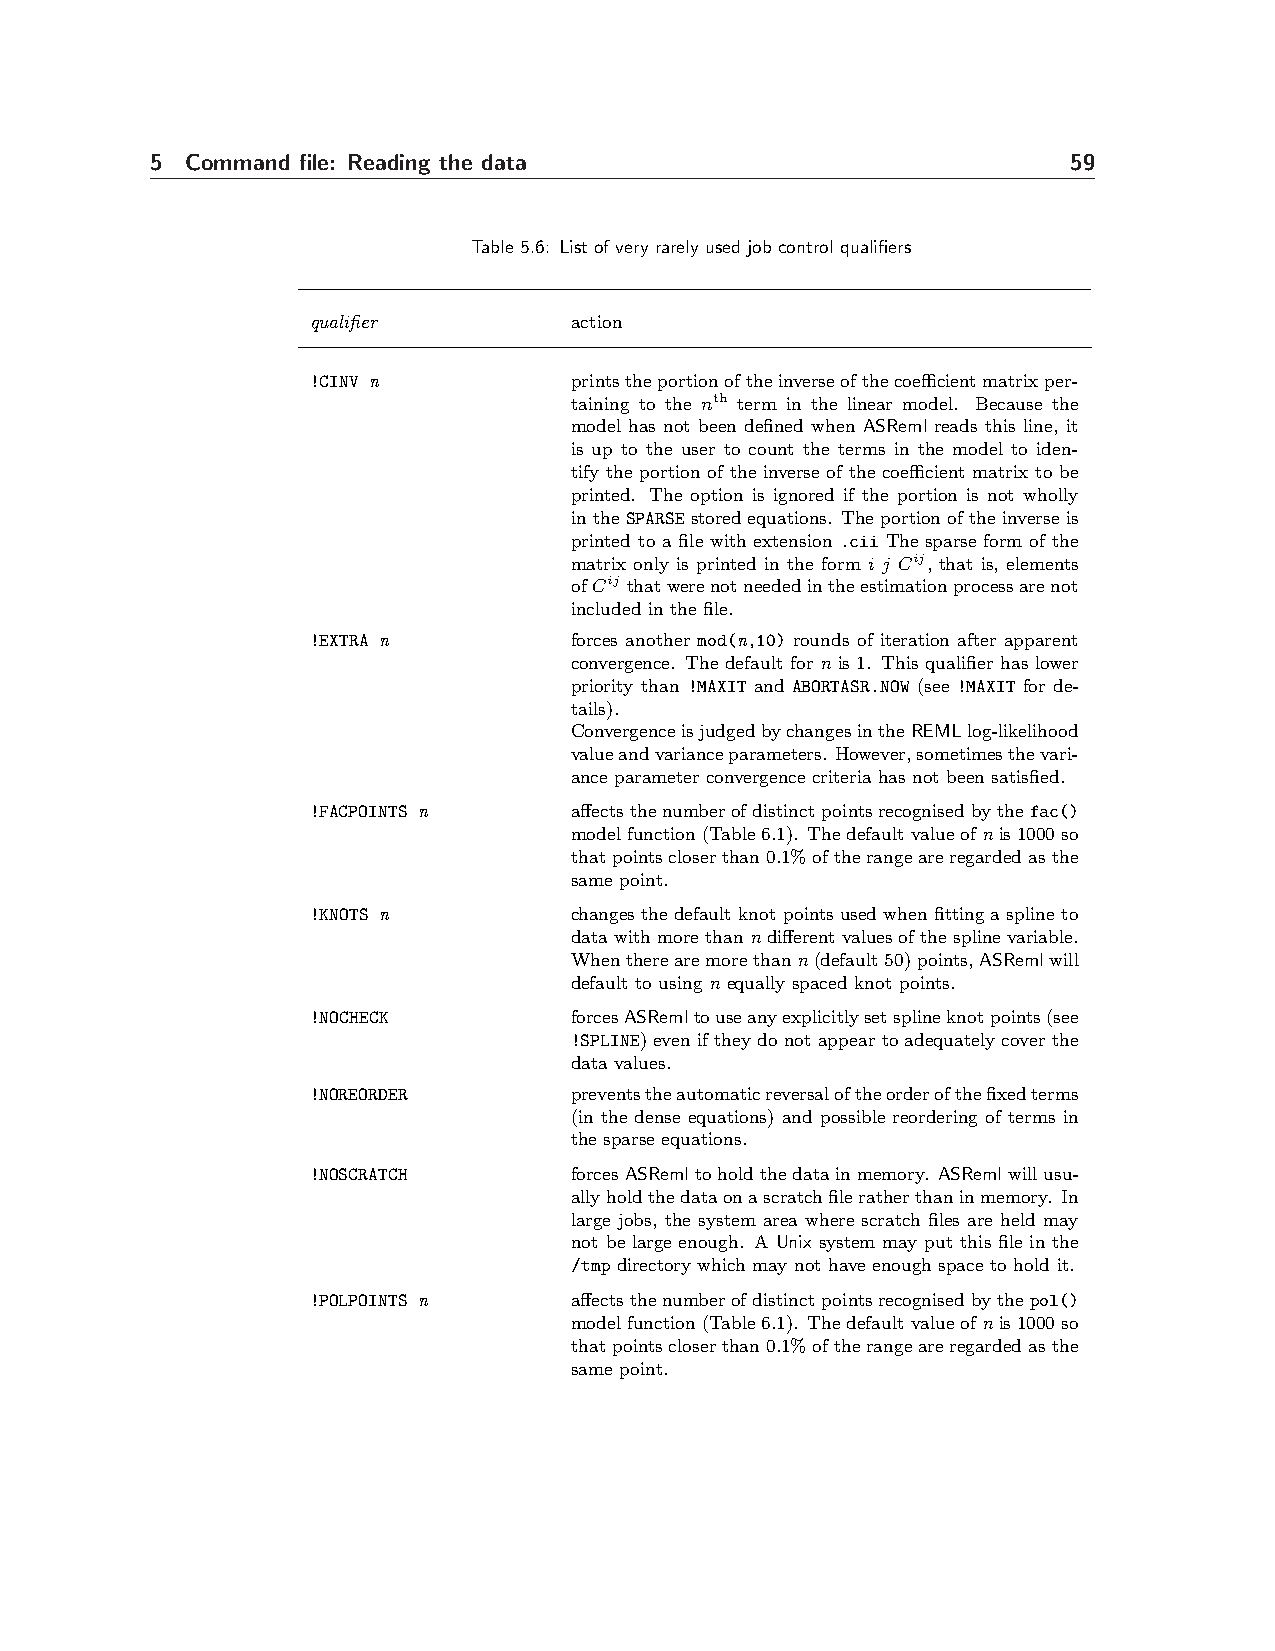
5 Command file: Reading the data                             59
 Table 5.6: List of very rarely used job control qualifiers
 qualifier        action
 !CINV n          printstheportionoftheinverseofthecoefficientmatrixper-
 taining to the nth term in the linear model. Because the
 model has not been defined when ASReml reads this line, it
 is up to the user to count the terms in the model to iden-
 tify the portion of the inverse of the coefficient matrix to be
 printed. The option is ignored if the portion is not wholly
 intheSPARSEstoredequations. Theportionoftheinverseis
 printed to a file with extension .cii The sparse form of the
 matrix only is printed in the form i j Cij, that is, elements
 ofCij thatwerenotneededintheestimationprocessarenot
 included in the file.
 !EXTRA n         forces another mod(n,10) rounds of iteration after apparent
 convergence. The default for n is 1. This qualifier has lower
 priority than !MAXIT and ABORTASR.NOW (see !MAXIT for de-
 tails).
 ConvergenceisjudgedbychangesintheREMLlog-likelihood
 valueandvarianceparameters. However,sometimesthevari-
 ance parameter convergence criteria has not been satisfied.
 !FACPOINTS n     affectsthenumberofdistinctpointsrecognisedbythefac()
 modelfunction(Table6.1). Thedefaultvalueofnis1000so
 thatpointscloserthan0.1%oftherangeareregardedasthe
 same point.
 !KNOTS n         changesthedefaultknotpointsusedwhenfittingasplineto
 datawithmorethanndifferentvaluesofthesplinevariable.
 Whentherearemorethann(default50)points,ASRemlwill
 default to using n equally spaced knot points.
 !NOCHECK         forcesASRemltouseanyexplicitlysetsplineknotpoints(see
 !SPLINE) even if they do not appear to adequately cover the
 data values.
 !NOREORDER       preventstheautomaticreversaloftheorderofthefixedterms
 (in the dense equations) and possible reordering of terms in
 the sparse equations.
 !NOSCRATCH       forcesASRemltoholdthedatainmemory. ASRemlwillusu-
 allyholdthedataonascratchfileratherthaninmemory. In
 large jobs, the system area where scratch files are held may
 not be large enough. A Unix system may put this file in the
 /tmp directory which may not have enough space to hold it.
 !POLPOINTS n     affectsthenumberofdistinctpointsrecognisedbythepol()
 modelfunction(Table6.1). Thedefaultvalueofnis1000so
 thatpointscloserthan0.1%oftherangeareregardedasthe
 same point.